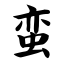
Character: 蛮